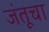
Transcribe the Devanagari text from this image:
जंतूचा